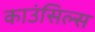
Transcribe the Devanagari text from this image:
काउंसिल्स